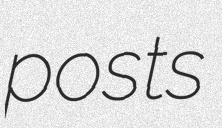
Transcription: posts